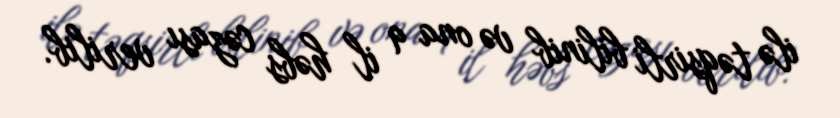
ilə təqsirli bilinib və ona 9 il həbs cəzası verilib.